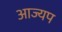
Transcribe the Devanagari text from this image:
आज्यप